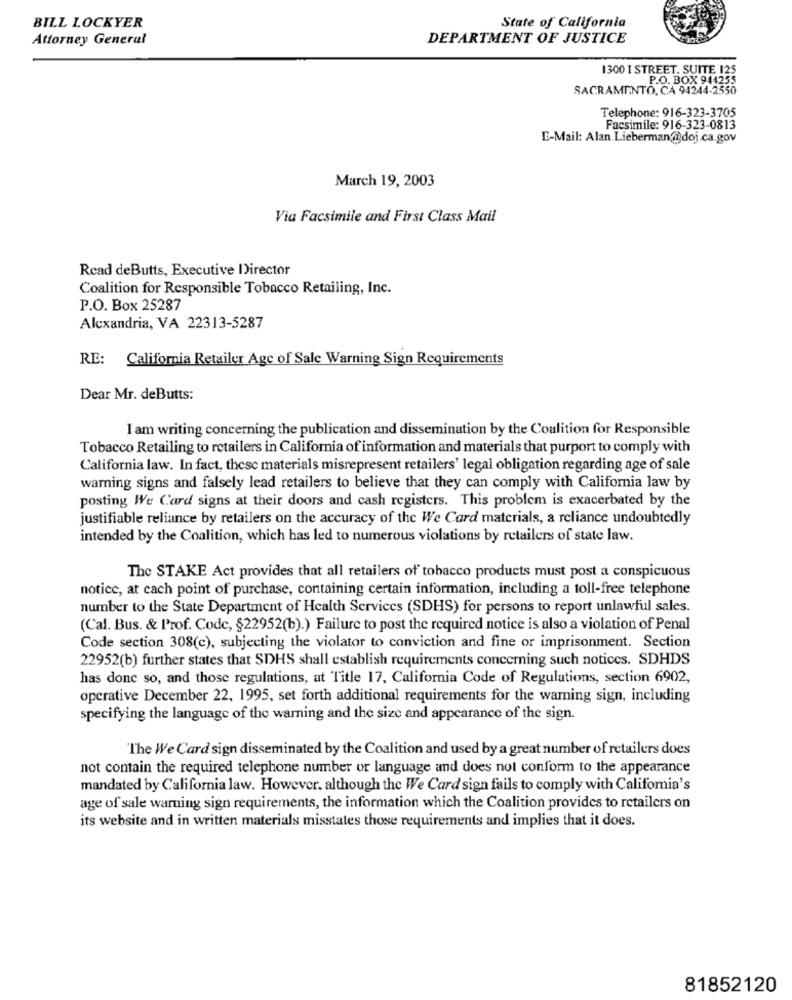
BILL LOCKYER
State of California
Attorney General
DEPARTMENT OF JUSTICE
1300 1 STREET. SUITE 125
P.O. BOX 944255
SACRAMENTO, CA 94244-2550
Telephone: 916-323-3705
Facsimile: 916-323-0813
E-Mail: Alan Lieberman@doj.ca.gov
March 19, 2003
Via Facsimile and First Class Mail
Read deButts, Executive Director
Coalition for Responsible Tobacco Retailing, Inc.
P.O. Box 25287
Alexandria, VA 22313-5287
RE:
California Retailer Age of Sale Warning Sign Requirements
Dear Mr. deButts:
I am writing concerning the publication and dissemination by the Coalition for Responsible
Tobacco Retailing to retailers in California of information and materials that purport to comply with
California law. In fact, these materials misrepresent retailers' legal obligation regarding age of sale
warning signs and falsely lead retailers to believe that they can comply with California law by
posting We Card signs at their doors and cash registers. This problem is exacerbated by the
justifiable reliance by retailers on the accuracy of the We Card materials, a reliance undoubtedly
intended by the Coalition, which has led to numerous violations by retailers of state law.
The STAKE Act provides that all retailers of tobacco products must post a conspicuous
notice, at cach point of purchase, containing certain information, including a toll-free telephone
number to the State Department of Health Services (SDHS) for persons to report unlawful sales.
(Cal. Bus. & Prof. Code, §22952(b).) Failure to post the required notice is also a violation of Penal
Code section 308(c), subjecting the violator to conviction and fine or imprisonment. Section
22952(b) further states that SDHS shall establish requirements concerning such notices. SDHDS
has done so, and those regulations, at Title 17, California Code of Regulations, section 6902,
operative December 22, 1995, set forth additional requirements for the warning sign, including
specifying the language of the warning and the size and appearance of the sign.
The We Card sign disseminated by the Coalition and used by a great number of retailers does
not contain the required telephone number or language and does not conform to the appearance
mandated by California law. However. although the We Card sign fails to comply with California's
age of sale warning sign requirements, the information which the Coalition provides to retailers on
its website and in written materials misstates those requirements and implies that it does.
81852120